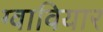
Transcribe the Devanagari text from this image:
ग्वावियार